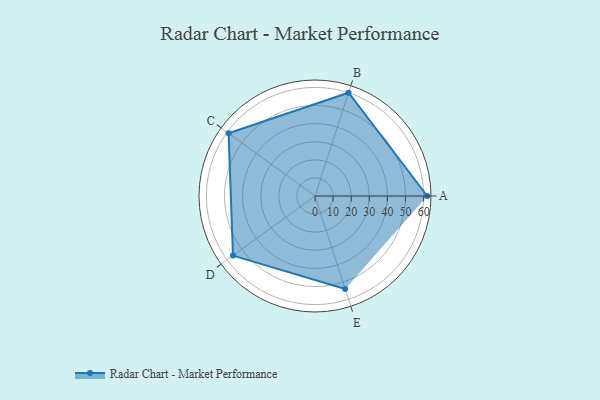
{"axis": {"x": "Skill", "y": "Score"}, "legend": ["Profile"], "data": [{"x": "A", "y": 62.0, "type": "Profile"}, {"x": "B", "y": 60.0, "type": "Profile"}, {"x": "C", "y": 59.0, "type": "Profile"}, {"x": "D", "y": 56.0, "type": "Profile"}, {"x": "E", "y": 54.0, "type": "Profile"}]}